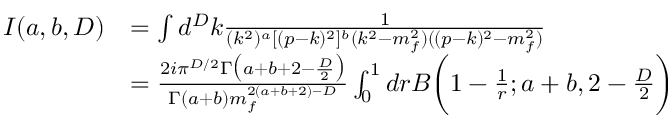
\begin{array} { r l } { I ( a , b , D ) } & { = \int d ^ { D } k \frac { 1 } { ( k ^ { 2 } ) ^ { a } [ ( p - k ) ^ { 2 } ] ^ { b } ( k ^ { 2 } - m _ { f } ^ { 2 } ) ( ( p - k ) ^ { 2 } - m _ { f } ^ { 2 } ) } } \\ & { = \frac { 2 i \pi ^ { D / 2 } \Gamma \big ( a + b + 2 - \frac { D } { 2 } \big ) } { \Gamma ( a + b ) m _ { f } ^ { 2 ( a + b + 2 ) - D } } \int _ { 0 } ^ { 1 } d r B \bigg ( 1 - \frac { 1 } { r } ; a + b , 2 - \frac { D } { 2 } \bigg ) } \end{array}